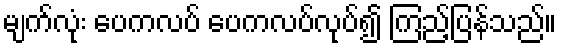
မျက်လုံး ပေကလပ် ပေကလပ်လုပ်၍ ကြည့်ပြန်သည်။